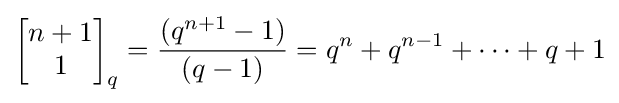
\left[{\begin{matrix}n+1\\1\end{matrix}}\right]_{q}={\frac {(q^{n+1}-1)}{(q-1)}}=q^{n}+q^{n-1}+\cdots +q+1